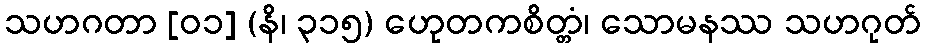
သဟဂတာ [၀၁] (နိ၊ ၃၁၅) ဟေုတကစိတ္တံ၊ သောမနဿ သဟဂုတ်